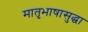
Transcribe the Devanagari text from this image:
मातृभाषासुद्धा